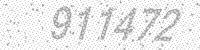
Solution: 911472